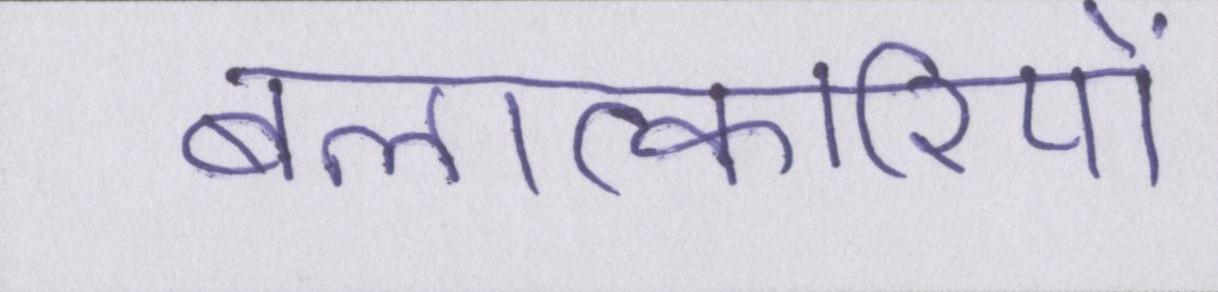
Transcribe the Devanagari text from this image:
बलात्कारियों